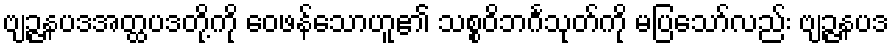
ဗျဉ္ဇနပဒအတ္ထပဒတို့ကို ဝေဖန်သောဟူ၏ သစ္စဝိဘင်္ဂသုတ်ကို မပြသော်လည်း ဗျဉ္ဇနပဒ